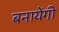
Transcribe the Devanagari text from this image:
बनायेंगी